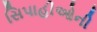
સિપાહીઓની